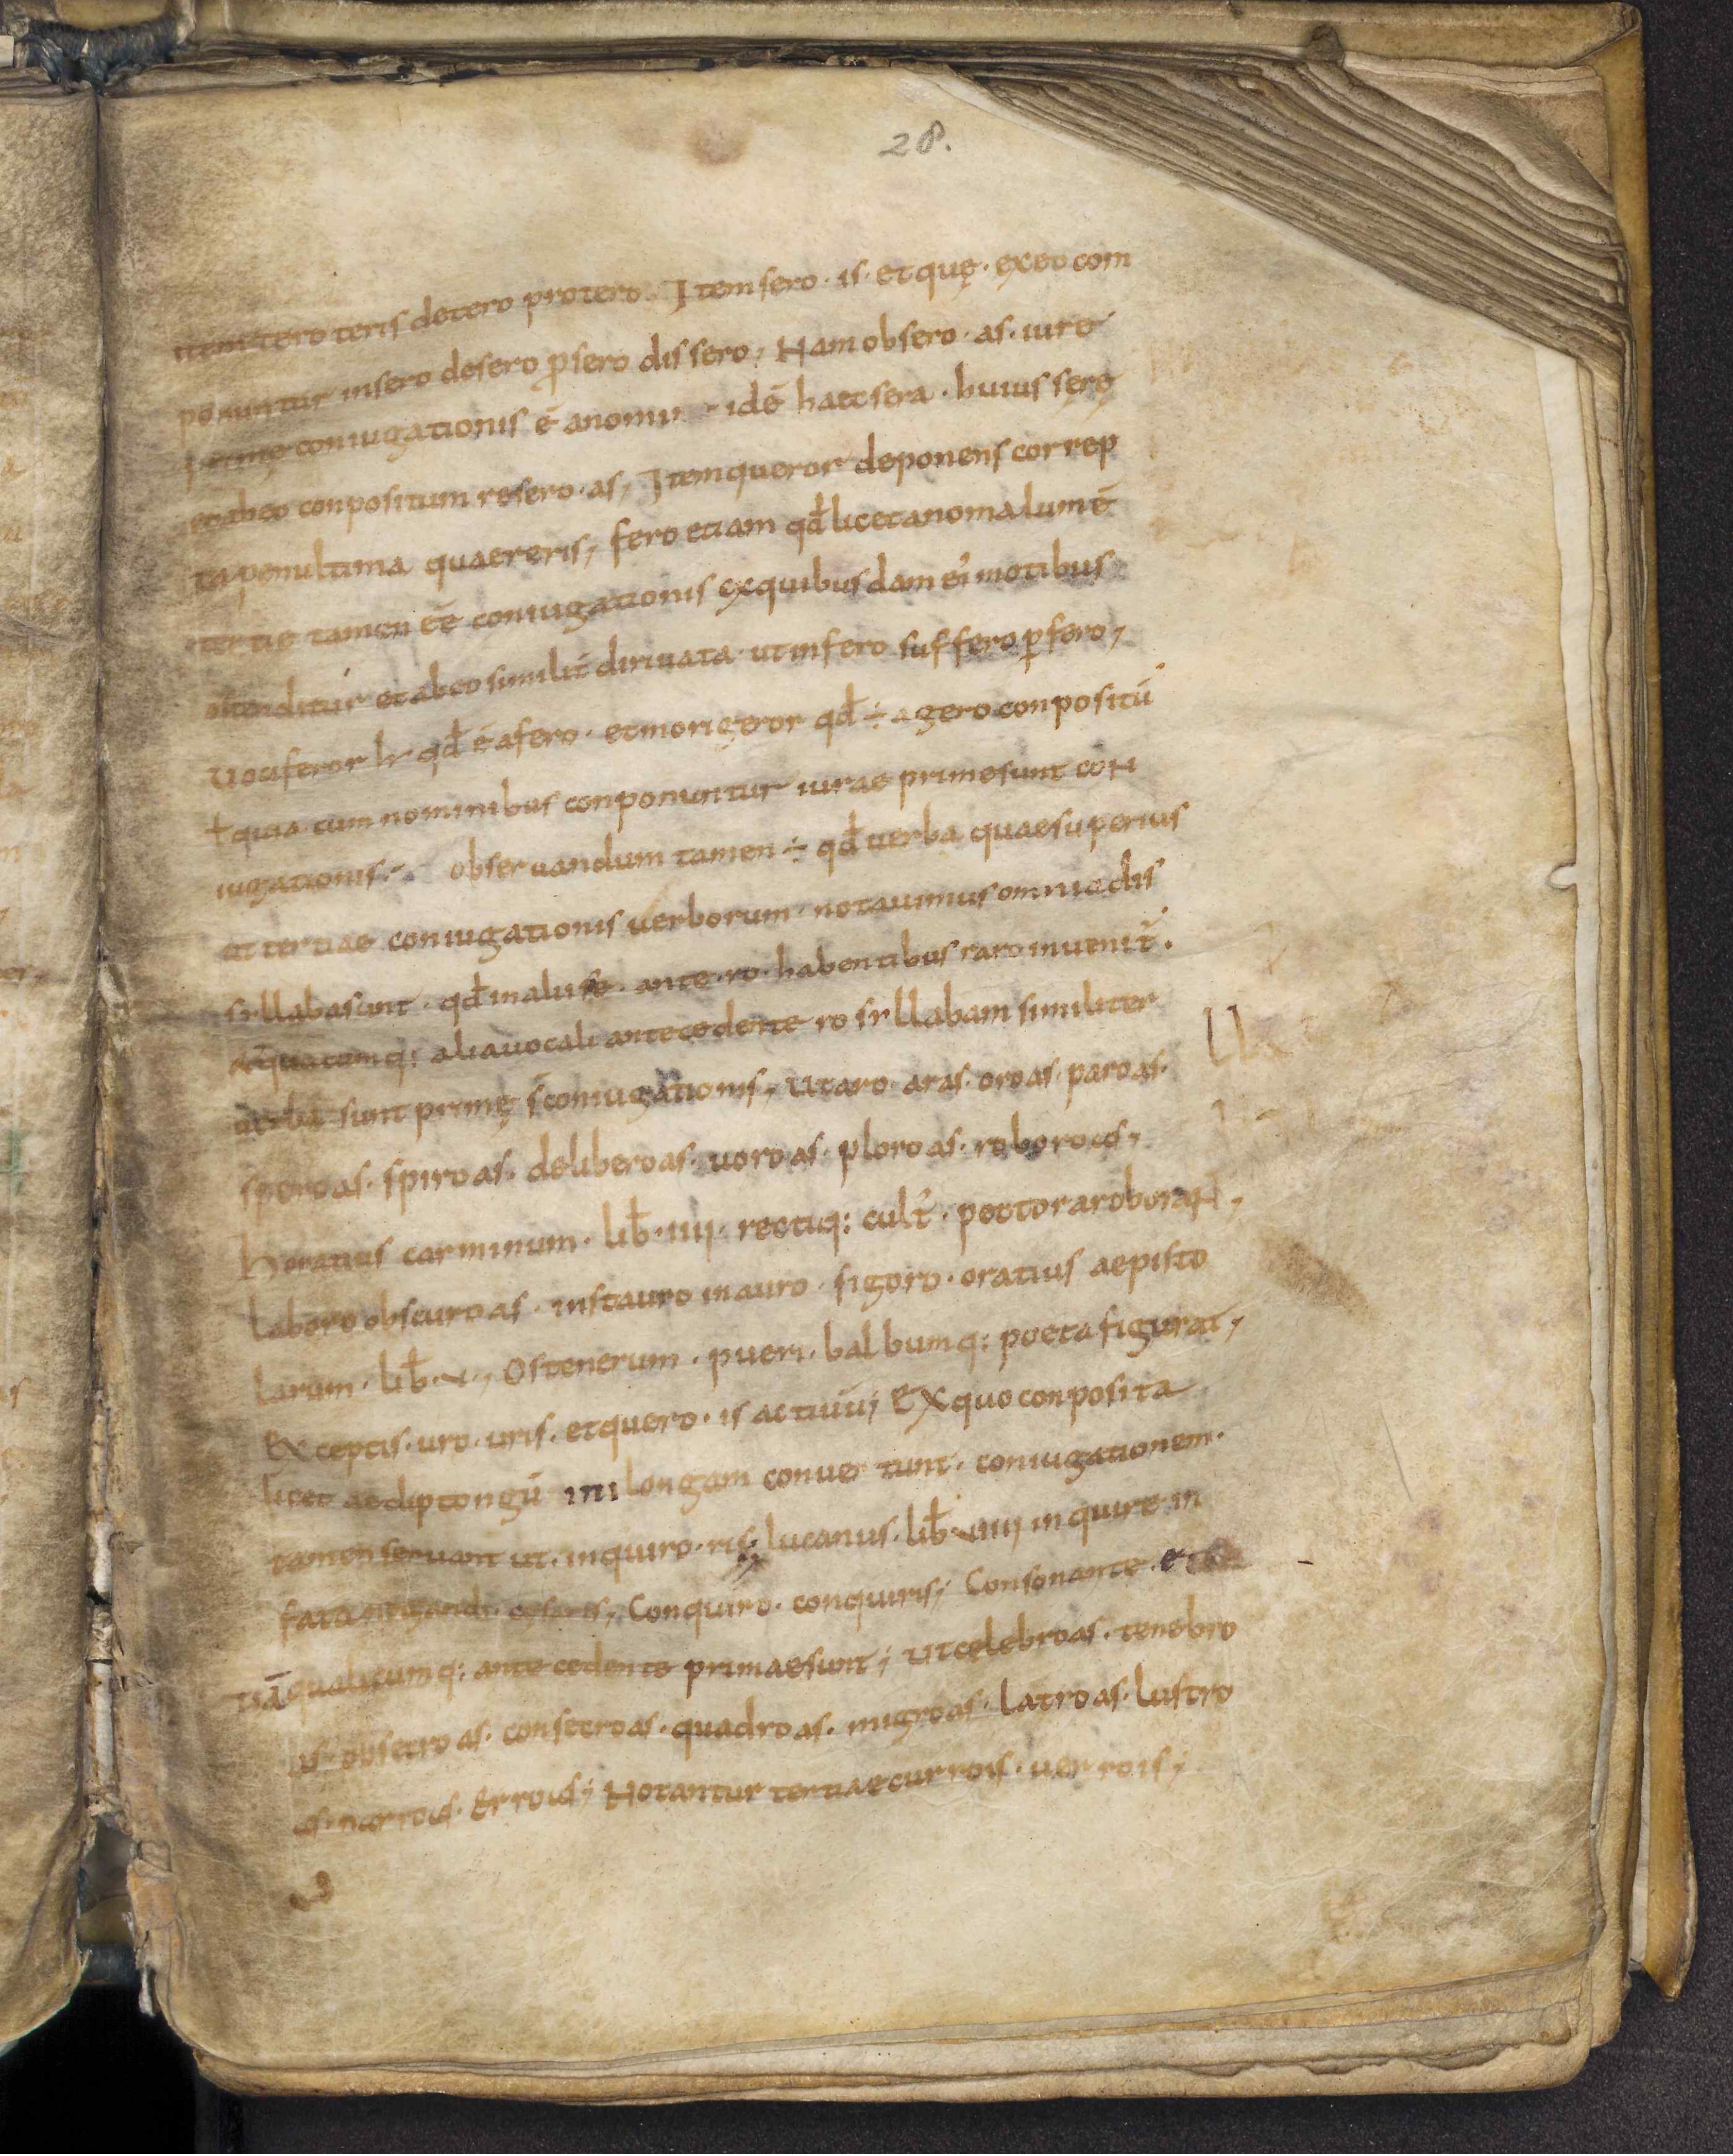
Shelfmark: Leiden, Bibliotheek der Rijksuniversiteit, Voss. Lat. O 41
Century: 9